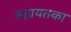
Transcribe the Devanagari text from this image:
सहायतका